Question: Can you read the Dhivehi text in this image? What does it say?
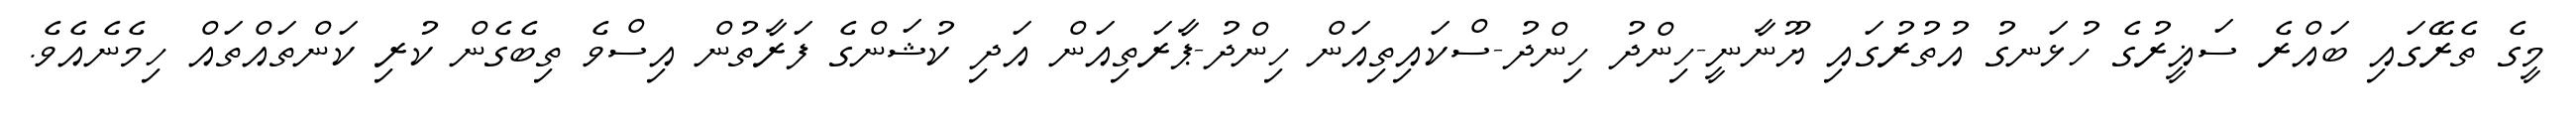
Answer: މީގެ ތެރޭގައި ބައްރެ ސަޣީރުގެ ހުޅަނގު އުތުރުގައި ޔޫނާނީ-ހިންދު ހިންދު-ސްކައިތިއަން ހިންދު-ޕާރަތިއަން އަދި ކުޝަންގެ ފަރާތުން އިސްވެ ތިބެގެން ކުރި ކަންތައްތައް ހިމެނެއެވެ.